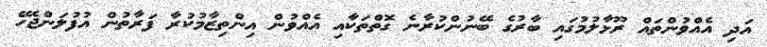
އަދި އެއްވުންތައް ރޫޅާލުމުގައި ބާރުގެ ބޭނުންކުރާނެ ގޮތްތަކާއި އެއްވުން އިންތިޒާމުކުރާ ފަރާތުން އުފުލަންޖެހޭ